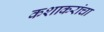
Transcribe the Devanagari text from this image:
कशाकरांचा